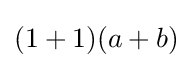
(1+1)(a+b)